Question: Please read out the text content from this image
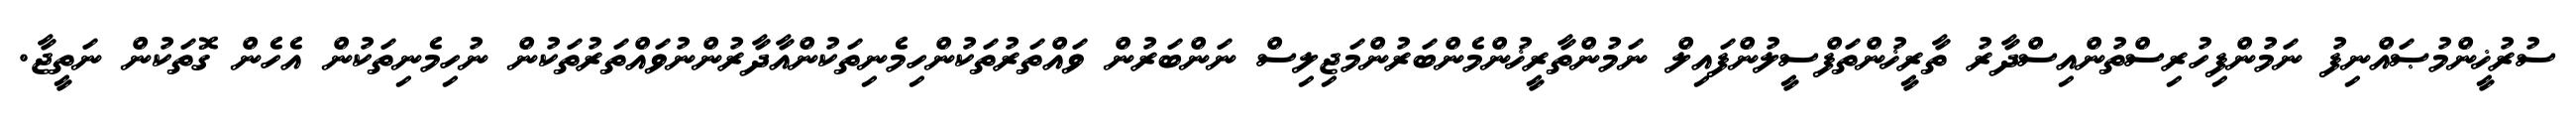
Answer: ސުރުޚީންމުޞައްނިފު ނަމުންފިހުރިސްތުންއިސްދާރު ތާރީޚުންތަފްސީލުންފައިލް ނަމުންތާރީޚުންމެންބަރުންމަޖިލިސް ނަންބަރުން ވައްތަރުތަކުންހިމެނިތަކުންއާދާރުންނުވައްތަރުތަކުން ނުހިމެނިތަކުން އެހެން ގޮތަކުން ނަތީޖާ.